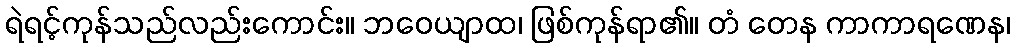
ရဲရင့်ကုန်သည်လည်းကောင်း။ ဘဝေယျာထ၊ ဖြစ်ကုန်ရာ၏။ တံ တေန ကာကာရဏေန၊